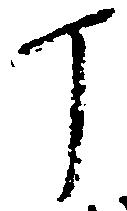
丁